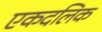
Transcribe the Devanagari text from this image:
एकदलिक